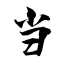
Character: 当